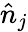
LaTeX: \hat{n}_{j}